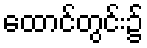
ထောင်တွင်း၌